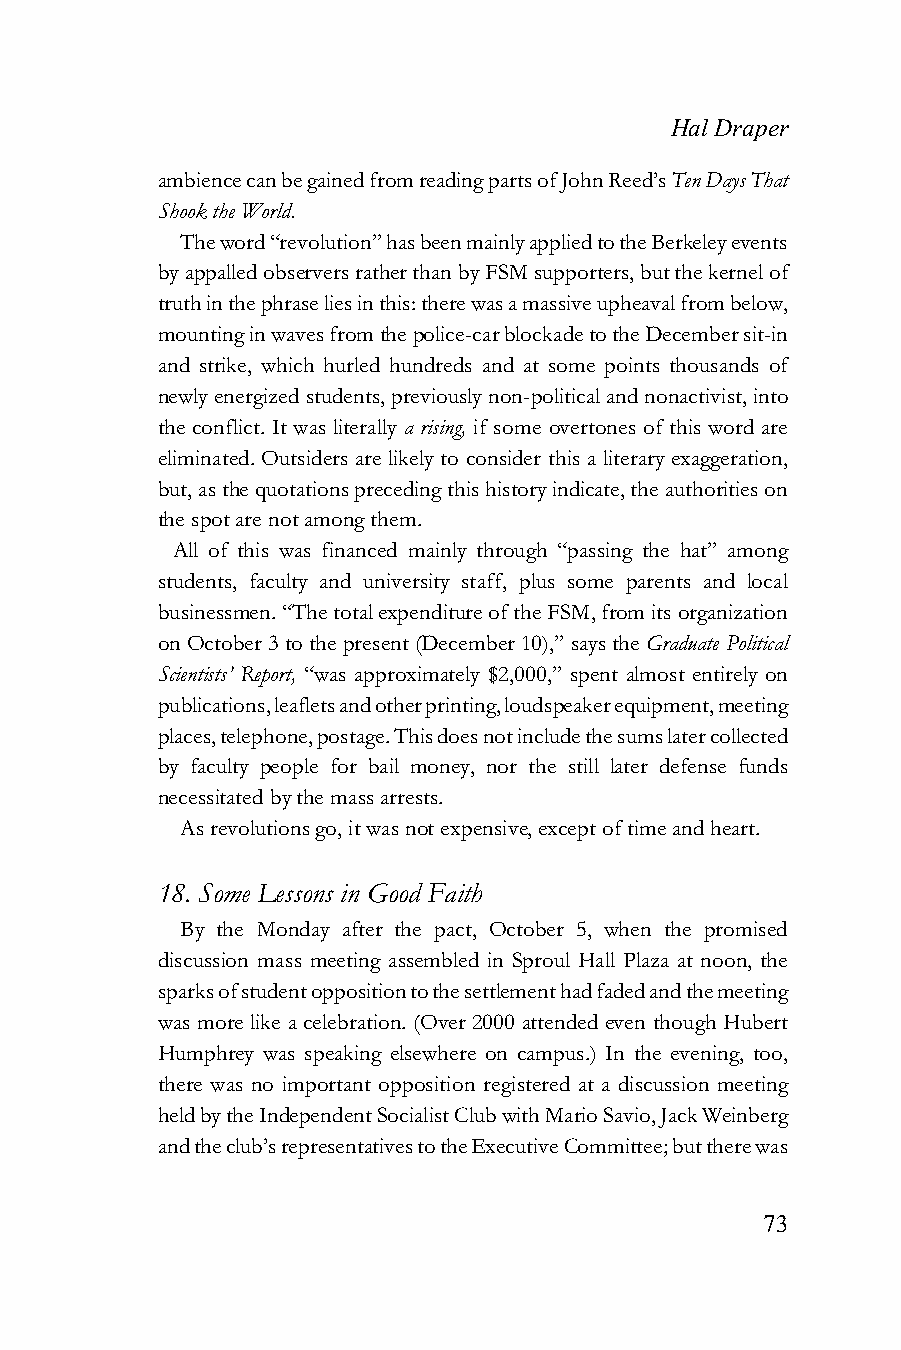
Hal Draper
 ambience can be gained from reading parts of John Reed’s Ten Days That
 Shook the World.
 The word “revolution” has been mainly applied to the Berkeley events
 by appalled observers rather than by FSM supporters, but the kernel of
 truth in the phrase lies in this: there was a massive upheaval from below,
 mounting in waves from the police-car blockade to the December sit-in
 and strike, which hurled hundreds and at some points thousands of
 newly energized students, previously non-political and nonactivist, into
 the conflict. It was literally a rising, if some overtones of this word are
 eliminated. Outsiders are likely to consider this a literary exaggeration,
 but, as the quotations preceding this history indicate, the authorities on
 the spot are not among them.
 All of this was financed mainly through “passing the hat” among
 students, faculty and university staff, plus some parents and local
 businessmen. “The total expenditure of the FSM, from its organization
 on October 3 to the present (December 10),” says the Graduate Political
 Scientists’ Report, “was approximately $2,000,” spent almost entirely on
 publications, leaflets and other printing, loudspeaker equipment, meeting
 places, telephone, postage. This does not include the sums later collected
 by faculty people for bail money, nor the still later defense funds
 necessitated by the mass arrests.
 As revolutions go, it was not expensive, except of time and heart.
 18. Some Lessons in Good Faith
 By the Monday after the pact, October 5, when the promised
 discussion mass meeting assembled in Sproul Hall Plaza at noon, the
 sparks of student opposition to the settlement had faded and the meeting
 was more like a celebration. (Over 2000 attended even though Hubert
 Humphrey was speaking elsewhere on campus.) In the evening, too,
 there was no important opposition registered at a discussion meeting
 held by the Independent Socialist Club with Mario Savio, Jack Weinberg
 and the club’s representatives to the Executive Committee; but there was
 73